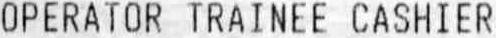
OPERATOR TRAINEE CASHIER